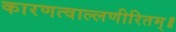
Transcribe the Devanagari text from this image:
कारणत्वाल्लणीरितम्॥